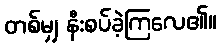
တစ်မျှ နီးစပ်ခဲ့ကြလေ၏။